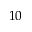
^ { 1 0 }